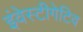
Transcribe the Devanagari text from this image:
इंवेस्टीगेटिव